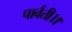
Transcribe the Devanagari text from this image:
पार्वती।।